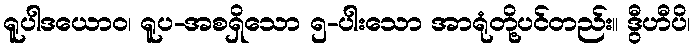
ရူပါဒယောဝ၊ ရူပ-အစရှိသော ၅-ပါးသော အာရုံတို့ပင်တည်း။ ဒွီဟီပိ၊